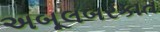
અબૂલબરકાત